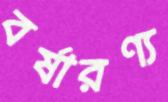
বর্ষারণ্য